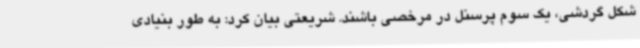
شکل گردشی، یک سوم پرسنل در مرخصی باشند. شریعتی بیان کرد: به طور بنیادی